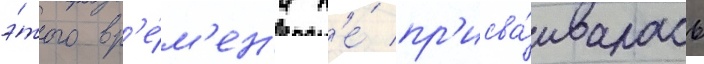
э́того вр'е́м'ен'и н'е́ пр'исва́ивалась